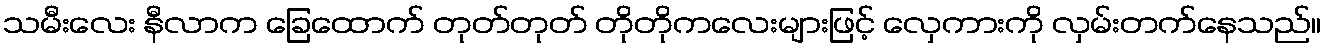
သမီးလေး နီလာက ခြေထောက် တုတ်တုတ် တိုတိုကလေးများဖြင့် လှေကားကို လှမ်းတက်နေသည်။